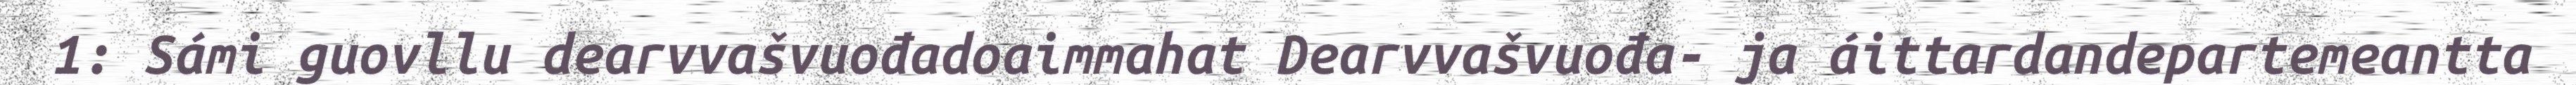
1: Sámi guovllu dearvvašvuođadoaimmahat Dearvvašvuođa- ja áittardandepartemeantta